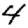
Digit: 4